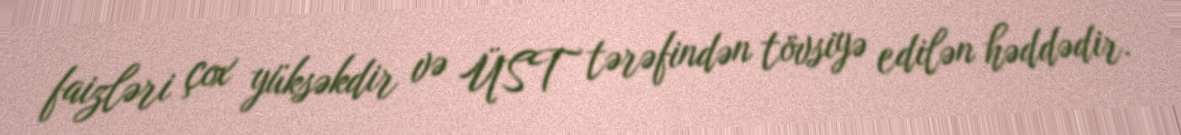
faizləri çox yüksəkdir və ÜST tərəfindən tövsiyə edilən həddədir.